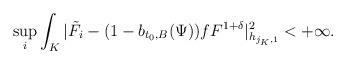
LaTeX: \begin{align*}\sup\limits_i\int_K|\tilde{F}_i-(1-b_{t_0,B}(\Psi))fF^{1+\delta}|^2_{h_{j_K,1}}<+\infty.\end{align*}